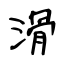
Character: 滑